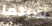
سيلما